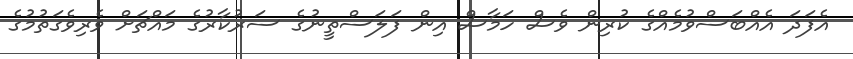
އެފަދަ އެއްބަސްވުމެއްގެ ކުރިން ވެސް ހަމާސް އިން ފަލަސްތީނުގެ ސަރުކާރުގެ މައްޗަށް ވެރިވެގަތުމުގެ